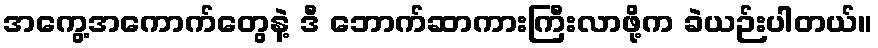
အကွေ့အကောက်တွေနဲ့ ဒီ ဘောက်ဆာကားကြီးလာဖို့က ခဲယဉ်းပါတယ်။